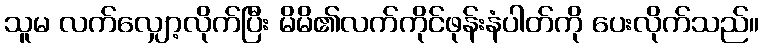
သူမ လက်လျှော့လိုက်ပြီး မိမိ၏လက်ကိုင်ဖုန်းနံပါတ်ကို ပေးလိုက်သည်။